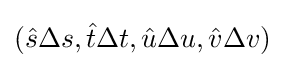
({\hat {s}}\Delta s,{\hat {t}}\Delta t,{\hat {u}}\Delta u,{\hat {v}}\Delta v)